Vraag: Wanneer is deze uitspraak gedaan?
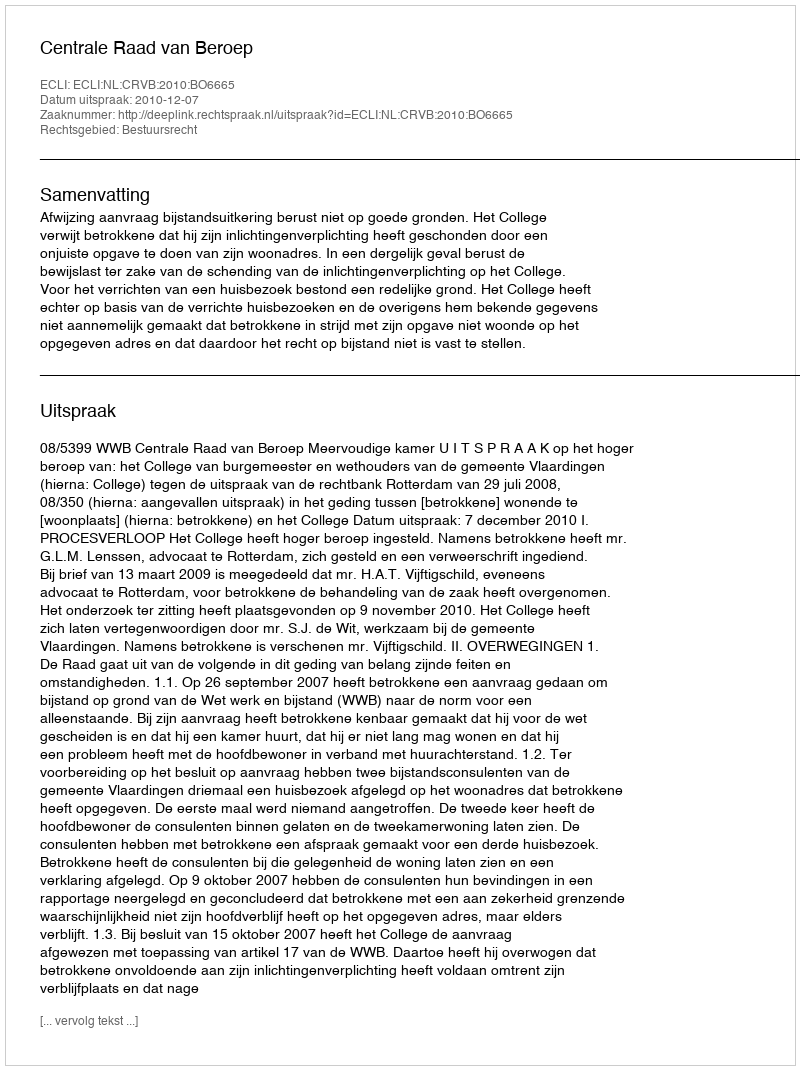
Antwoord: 2010-12-07